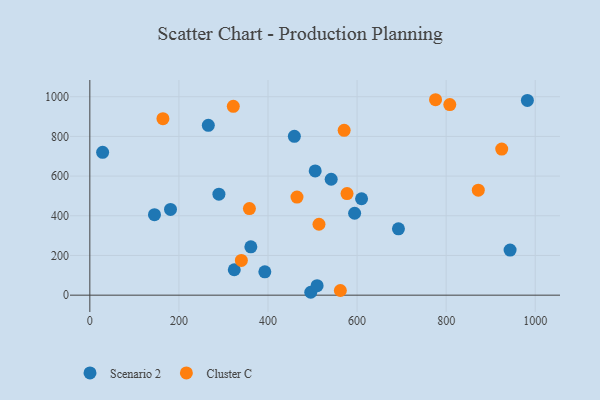
{"axis": {"x": "Price", "y": "Sales"}, "legend": ["Cluster C", "Scenario 2"], "data": [{"x": "266.0", "y": 855.8, "type": "Scenario 2"}, {"x": "541.9", "y": 584.0, "type": "Scenario 2"}, {"x": "392.9", "y": 117.6, "type": "Scenario 2"}, {"x": "28.7", "y": 719.7, "type": "Scenario 2"}, {"x": "459.2", "y": 800.3, "type": "Scenario 2"}, {"x": "692.9", "y": 334.2, "type": "Scenario 2"}, {"x": "324.3", "y": 128.2, "type": "Scenario 2"}, {"x": "496.0", "y": 14.6, "type": "Scenario 2"}, {"x": "943.6", "y": 227.3, "type": "Scenario 2"}, {"x": "510.3", "y": 47.7, "type": "Scenario 2"}, {"x": "145.1", "y": 405.4, "type": "Scenario 2"}, {"x": "982.4", "y": 981.4, "type": "Scenario 2"}, {"x": "610.1", "y": 485.9, "type": "Scenario 2"}, {"x": "506.0", "y": 625.9, "type": "Scenario 2"}, {"x": "594.5", "y": 412.8, "type": "Scenario 2"}, {"x": "181.1", "y": 432.2, "type": "Scenario 2"}, {"x": "361.5", "y": 243.7, "type": "Scenario 2"}, {"x": "289.8", "y": 508.6, "type": "Scenario 2"}, {"x": "808.2", "y": 960.1, "type": "Cluster C"}, {"x": "776.2", "y": 984.7, "type": "Cluster C"}, {"x": "322.1", "y": 951.6, "type": "Cluster C"}, {"x": "872.2", "y": 528.9, "type": "Cluster C"}, {"x": "562.5", "y": 23.6, "type": "Cluster C"}, {"x": "465.1", "y": 494.3, "type": "Cluster C"}, {"x": "514.5", "y": 357.3, "type": "Cluster C"}, {"x": "924.8", "y": 735.9, "type": "Cluster C"}, {"x": "358.3", "y": 436.1, "type": "Cluster C"}, {"x": "340.2", "y": 175.1, "type": "Cluster C"}, {"x": "577.5", "y": 512.1, "type": "Cluster C"}, {"x": "164.1", "y": 889.2, "type": "Cluster C"}, {"x": "571.0", "y": 830.5, "type": "Cluster C"}]}